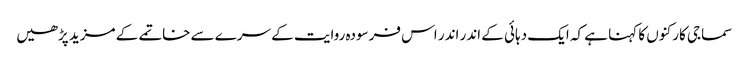
سماجی کارکنوں کا کہنا ہے کہ ایک دہائی کے اندر اندر اس فرسودہ روایت کے سرے سے خاتمے کے مزید پڑھیں